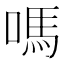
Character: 嗎